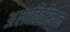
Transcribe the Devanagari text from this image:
अलाविर्दीखान